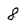
Character: 8